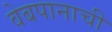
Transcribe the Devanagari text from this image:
वेबपानाची